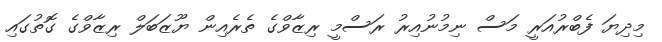
މިދިޔަ ފެބްރުއަރީ މަސް ނިމުނުއިރު ރަސްމީ ރިޒާވްގެ ތެރެއިން ޔޫޒަބަލް ރިޒާވްގެ ގޮތުގައި